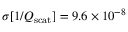
\sigma [ 1 / Q _ { \mathrm { s c a t } } ] = 9 . 6 \times 1 0 ^ { - 8 }